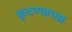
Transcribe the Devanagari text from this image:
कुटण्याच्या